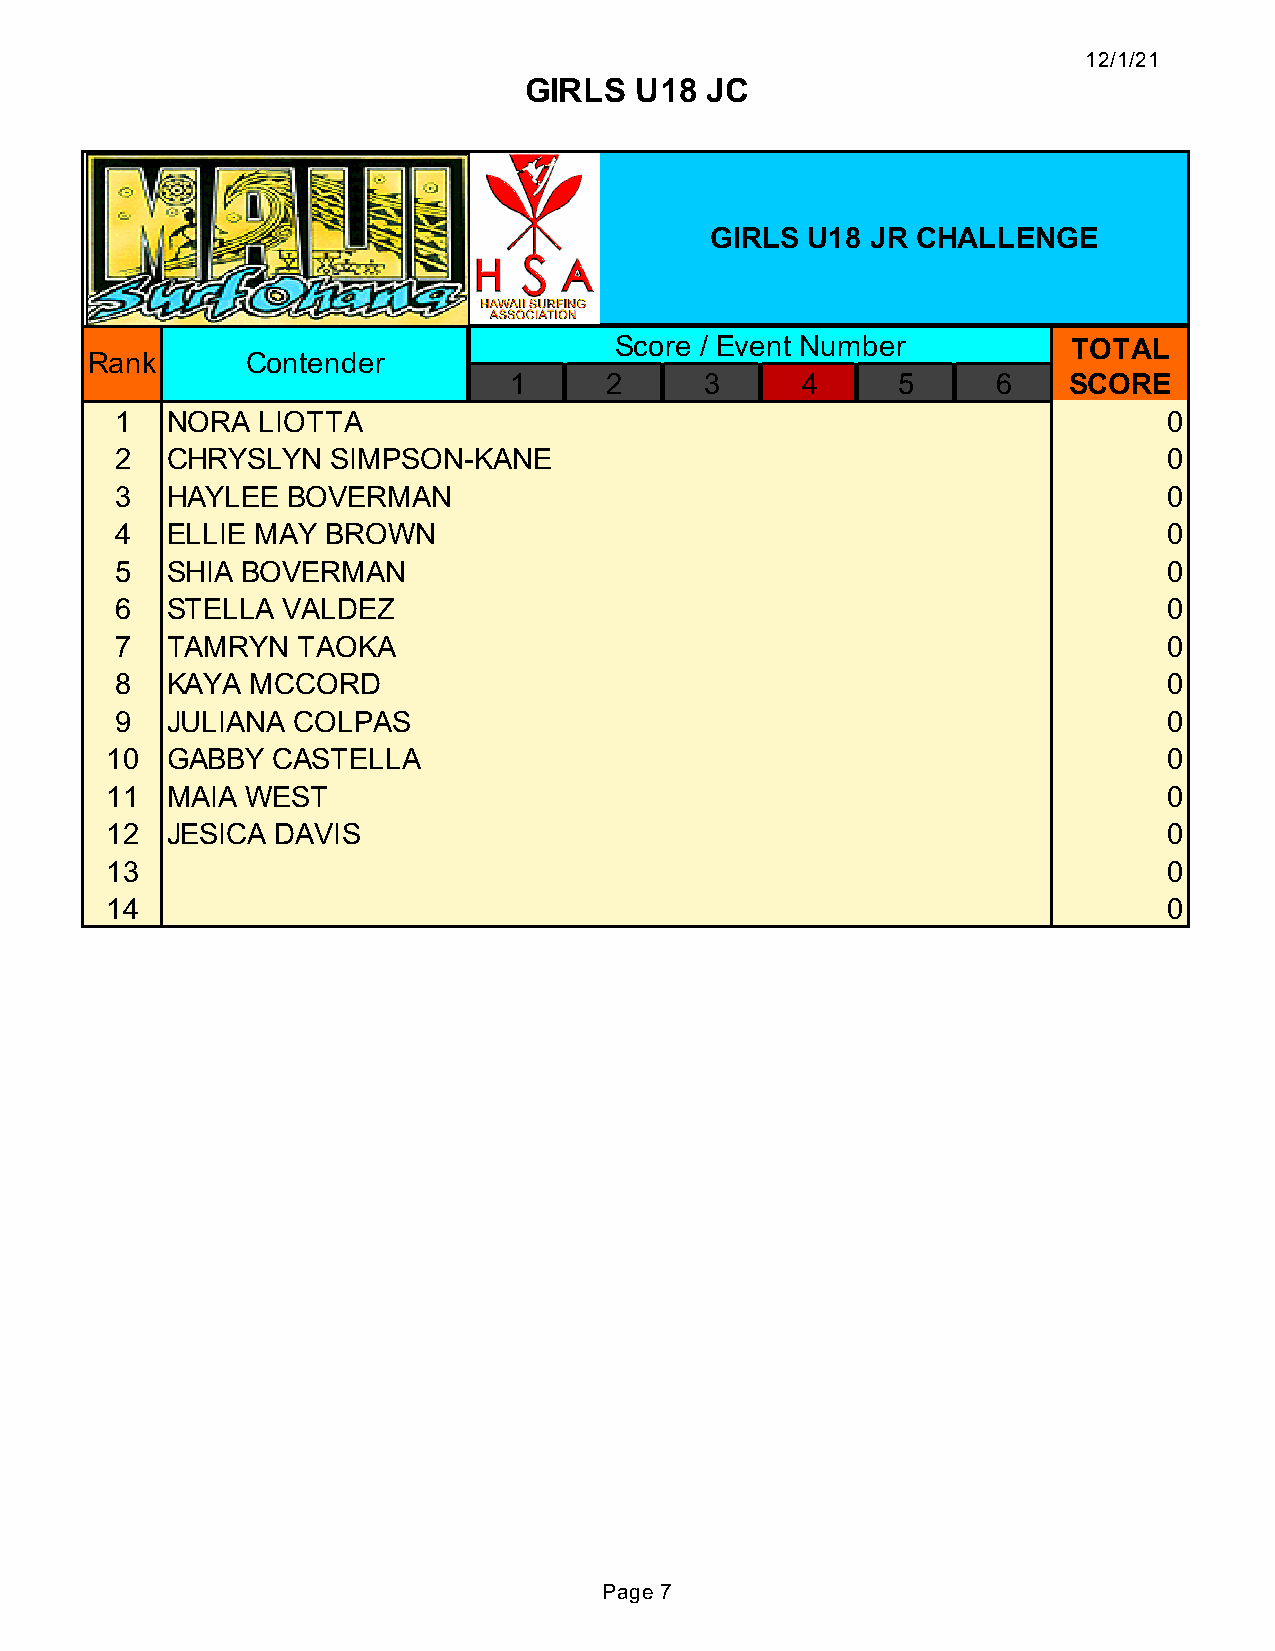
12/1/21
 GIRLS  U18  JC
 GIRLS  U18 JR CHALLENGE
 Score / Event Number          TOTAL
 Rank      Contender
 1     2      3     4     5      6    SCORE
 1  NORA  LIOTTA                                                      0
 2  CHRYSLYN   SIMPSON-KANE                                           0
 3  HAYLEE  BOVERMAN                                                  0
 4  ELLIE MAY  BROWN                                                  0
 5  SHIA BOVERMAN                                                     0
 6  STELLA  VALDEZ                                                    0
 7  TAMRYN   TAOKA                                                    0
 8  KAYA  MCCORD                                                      0
 9  JULIANA COLPAS                                                    0
 10  GABBY  CASTELLA                                                   0
 11  MAIA WEST                                                         0
 12  JESICA DAVIS                                                      0
 13                                                                    0
 14                                                                    0
 Page 7